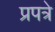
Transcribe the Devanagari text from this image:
प्रपत्रे